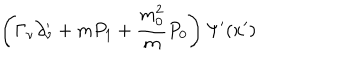
\left( \Gamma _ { \nu } \partial _ { \nu } ^ { \prime } + m P _ { 1 } + \frac { m _ { 0 } ^ { 2 } } { m } P _ { 0 } \right) \Psi ^ { \prime } ( x ^ { \prime } )